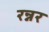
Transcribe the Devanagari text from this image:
रन्नर